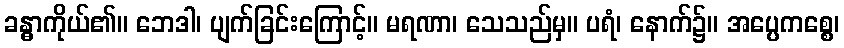
ခန္ဓာကိုယ်၏။ ဘေဒါ၊ ပျက်ခြင်းကြောင့်။ မရဏာ၊ သေသည်မှ။ ပရံ၊ နောက်၌။ အပ္ပေကစ္စေ၊